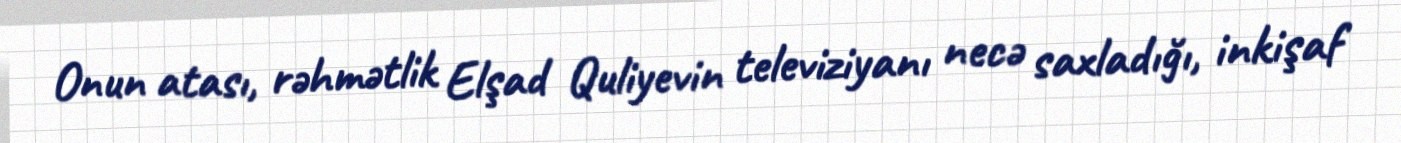
Onun atası, rəhmətlik Elşad Quliyevin televiziyanı necə saxladığı, inkişaf